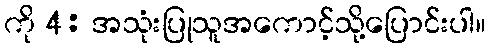
ကို 4: အသုံးပြုသူအကောင့်သို့ပြောင်းပါ။